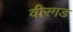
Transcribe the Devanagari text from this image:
वीरगड